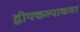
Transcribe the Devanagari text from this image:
द्वीपकल्पाकवर